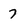
Character: 7